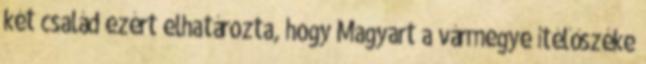
két család ezért elhatározta, hogy Magyart a vármegye ítélőszéke